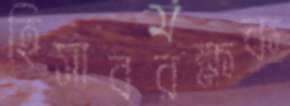
হিসাবরক্ষক